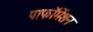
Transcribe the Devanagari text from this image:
पाफॉमेंशन